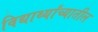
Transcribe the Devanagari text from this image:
विद्यार्थ्यांच्यातील